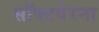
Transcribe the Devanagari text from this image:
सॉफ्टवेरना